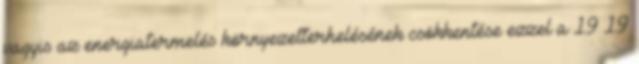
vagyis az energiatermelés környezetterhelésének csökkentése ezzel a 19 19